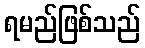
ရမည်ဖြစ်သည်